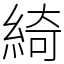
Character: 綺